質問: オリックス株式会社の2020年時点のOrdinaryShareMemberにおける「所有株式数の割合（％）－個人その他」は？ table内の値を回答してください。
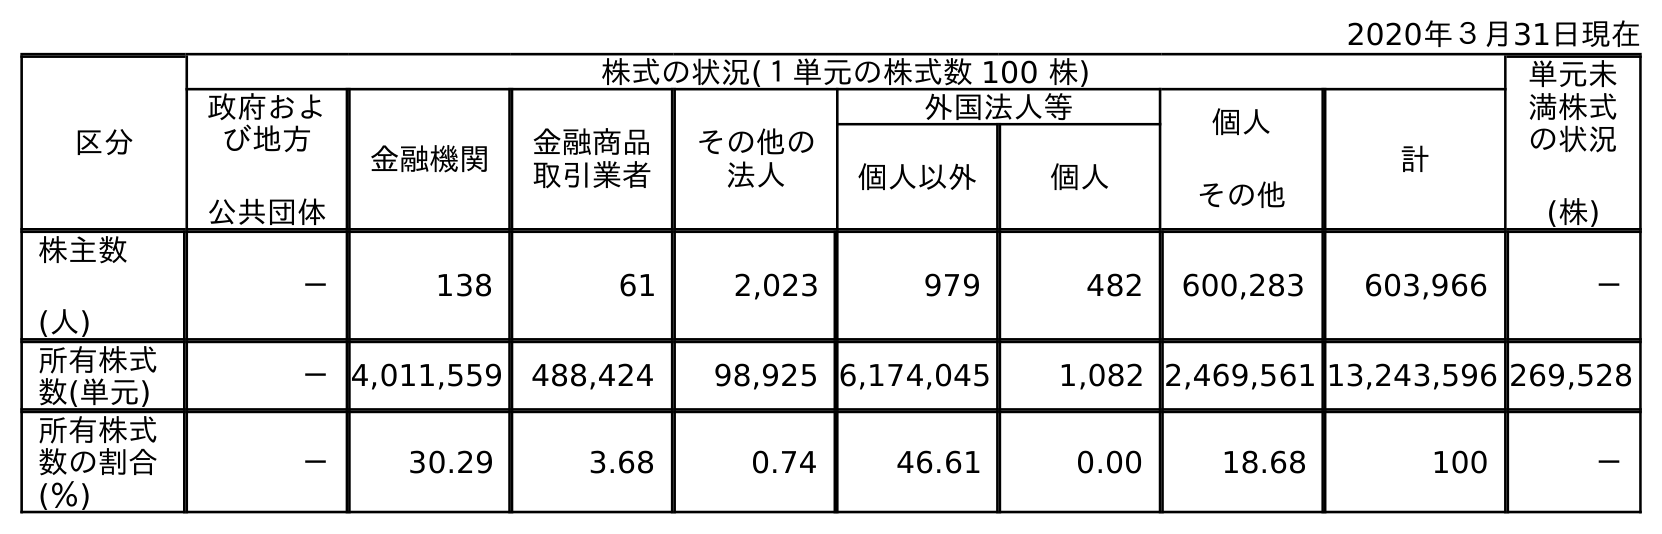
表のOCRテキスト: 2020年３月31日現在 区分 株式の状況(１単元の株式数 100 株) 単元未 満株式 の状況 (株) 政府およ び地方 公共団体 金融機関 金融商品 取引業者 その他の 法人 外国法人等 個人 その他 計 個人以外 個人 株主数 (人) － 138 61 2,023 979 482 600,283 603,966 － 所有株式 数(単元) －4,011,559 488,424 98,925 6,174,045 1,082 2,469,561 13,243,596 269,528 所有株式 数の割合 (％) － 30.29 3.68 0.74 46.61 0.00 18.68 100 －
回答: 18.68